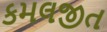
કમલજીત